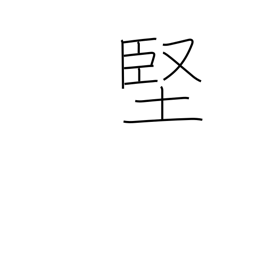
Meaning: tough